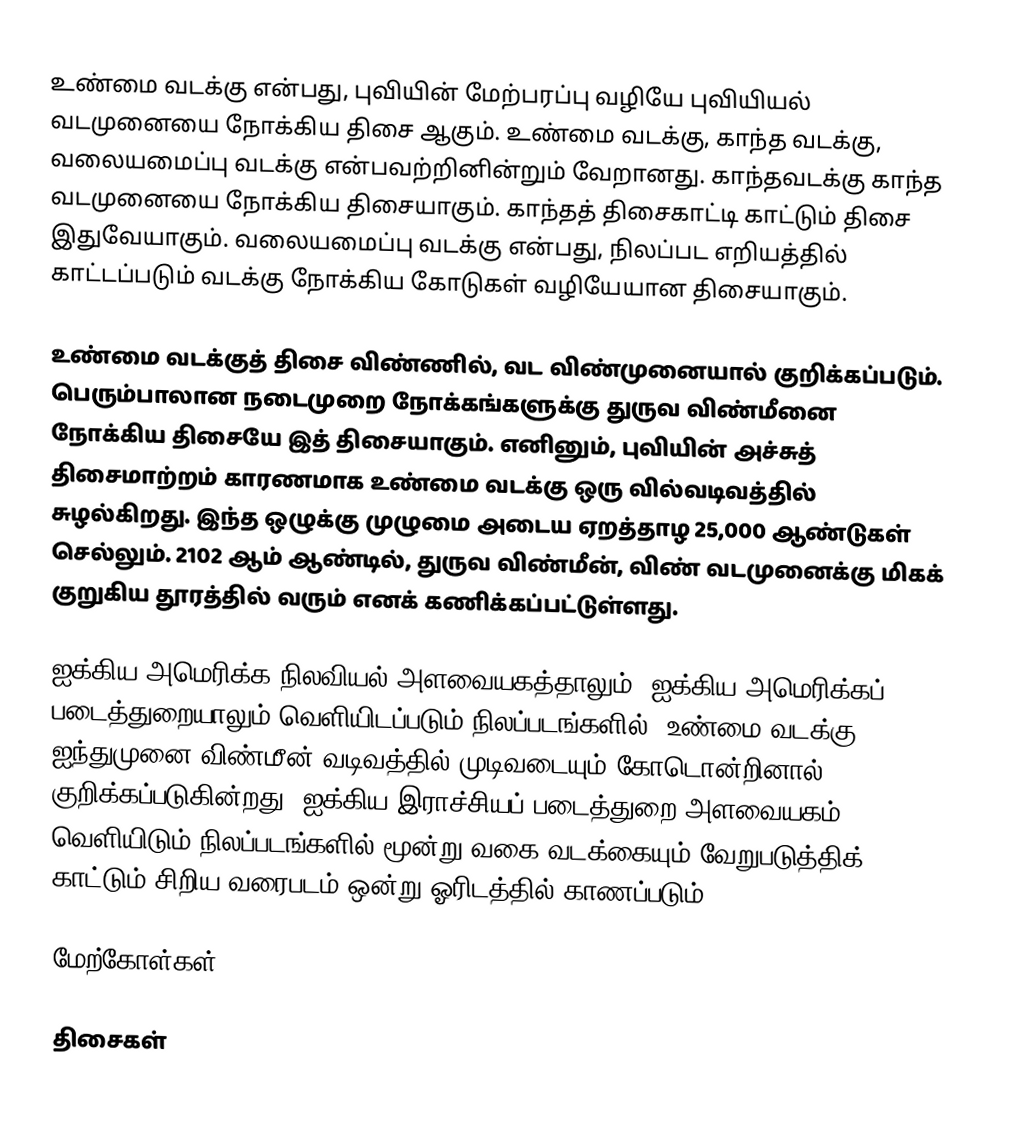
உண்மை வடக்கு என்பது, புவியின் மேற்பரப்பு வழியே புவியியல் வடமுனையை நோக்கிய திசை ஆகும். உண்மை வடக்கு, காந்த வடக்கு, வலையமைப்பு வடக்கு என்பவற்றினின்றும் வேறானது. காந்தவடக்கு காந்த வடமுனையை நோக்கிய திசையாகும். காந்தத் திசைகாட்டி காட்டும் திசை இதுவேயாகும். வலையமைப்பு வடக்கு என்பது, நிலப்பட எறியத்தில் காட்டப்படும் வடக்கு நோக்கிய கோடுகள் வழியேயான திசையாகும்.

உண்மை வடக்குத் திசை விண்ணில், வட விண்முனையால் குறிக்கப்படும். பெரும்பாலான நடைமுறை நோக்கங்களுக்கு துருவ விண்மீனை நோக்கிய திசையே இத் திசையாகும். எனினும், புவியின் அச்சுத் திசைமாற்றம் காரணமாக உண்மை வடக்கு ஒரு வில்வடிவத்தில் சுழல்கிறது. இந்த ஒழுக்கு முழுமை அடைய ஏறத்தாழ 25,000 ஆண்டுகள் செல்லும். 2102 ஆம் ஆண்டில், துருவ விண்மீன், விண் வடமுனைக்கு மிகக் குறுகிய தூரத்தில் வரும் எனக் கணிக்கப்பட்டுள்ளது.

ஐக்கிய அமெரிக்க நிலவியல் அளவையகத்தாலும், ஐக்கிய அமெரிக்கப் படைத்துறையாலும் வெளியிடப்படும் நிலப்படங்களில், உண்மை வடக்கு ஐந்துமுனை விண்மீன் வடிவத்தில் முடிவடையும் கோடொன்றினால் குறிக்கப்படுகின்றது. ஐக்கிய இராச்சியப் படைத்துறை அளவையகம் வெளியிடும் நிலப்படங்களில் மூன்று வகை வடக்கையும் வேறுபடுத்திக் காட்டும் சிறிய வரைபடம் ஒன்று ஓரிடத்தில் காணப்படும்.

மேற்கோள்கள்

திசைகள்